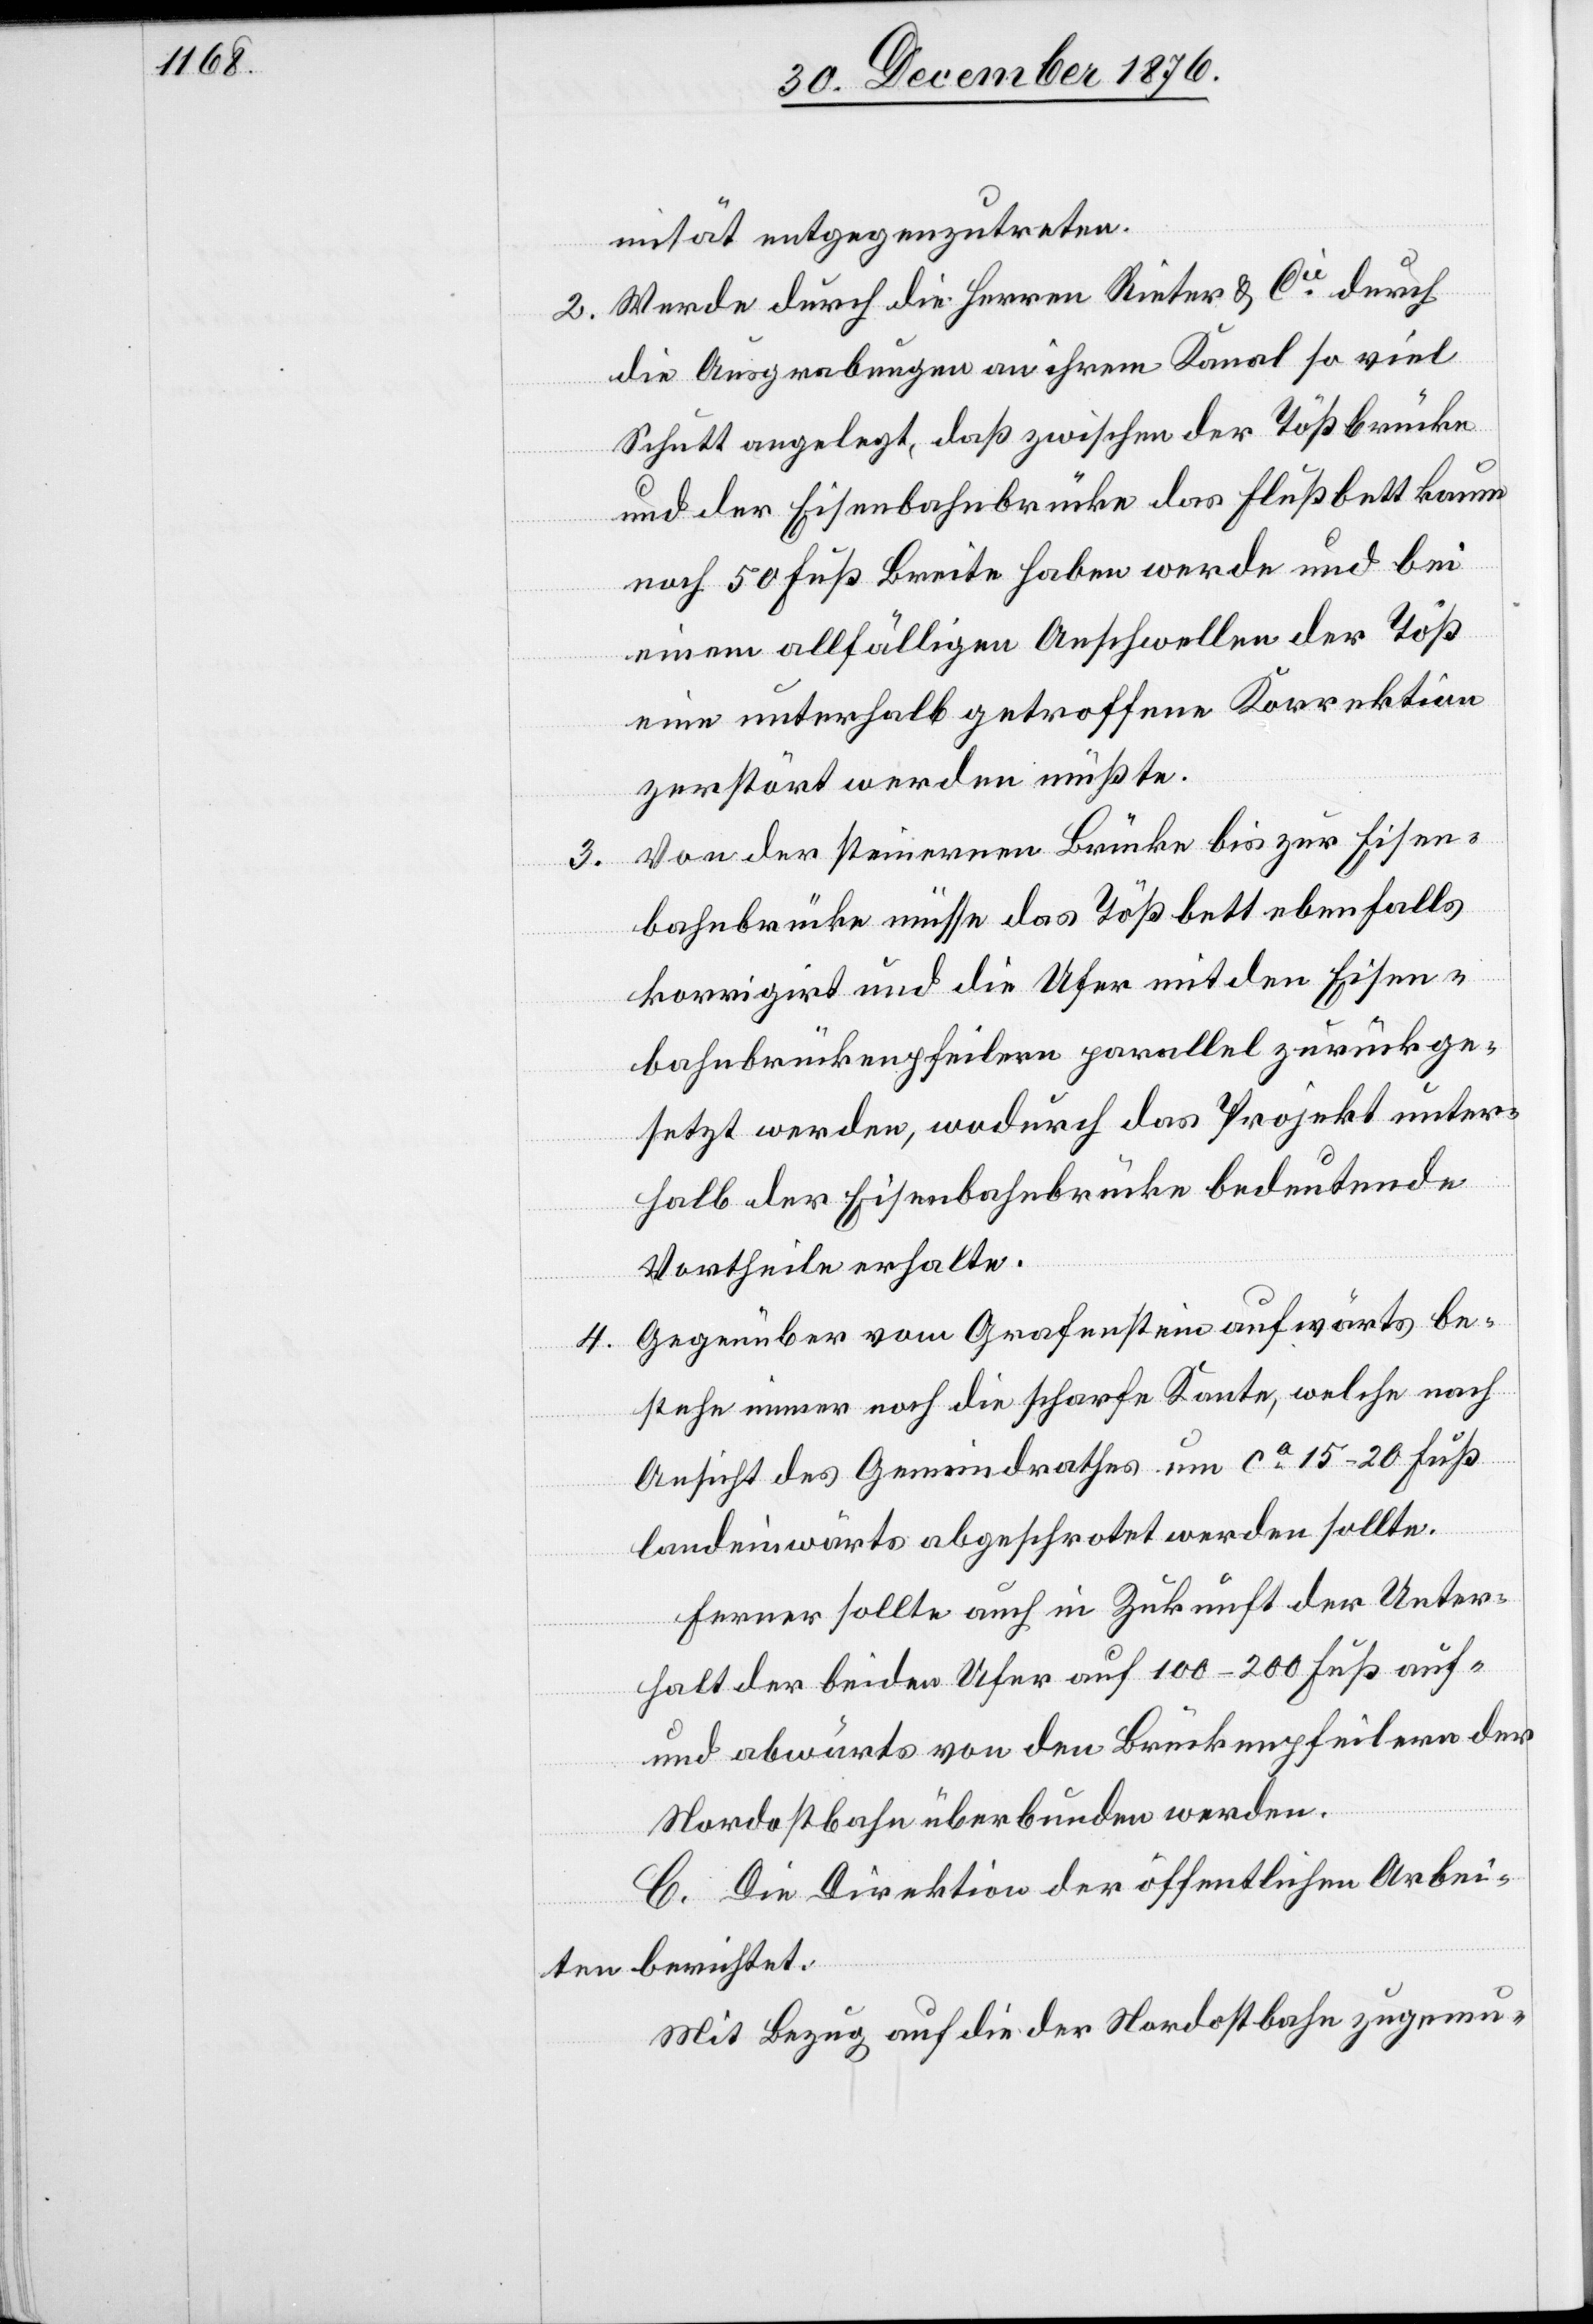
3.

mität entgegenzutreten.
2. Werde durch die Herren Rieter & Cie durch
die Ausgrabungen an ihrem Kanal so viel
Schutt angelegt. daß zwischen der Tößbrücke
und der Eisenbahnbrücke das Flußbett kaum
noch 50 Fuß Breite haben werde und bei
einem allfälligen Anschwellen der Töß
eine unterhalb getroffene Korrektion
zerstört werden müßte.
Von der steinernen Brücke bis zur Eisen¬
bahnbrücke müsse das Tößbett ebenfalls
korrigirt und die Ufer mit den Eisen¬
bahnbrückenpfeilern parallel zurückge¬
setzt werden, wodurch das Projekt unter¬
halb der Eisenbahnbrücke bedeutende
Vortheile erhalte.
Gegenüber vom Grafenstein aufwärts be¬
4.
stehe immer noch die scharfe Kante, welche nach
Ansicht des Gemeindrathes um ca 15–20 Fuß
landeinwärts abgeschrotet werden sollte.
Ferner solle auch in Zukunft der Unter¬
halt der beiden Ufer auf 100–200 Fuß auf-
und abwärts von den Brückenpfeilern der
Nordostbahn überbunden werden.
C. Die Direktion der öffentlichen Arbei¬
ten berichtet:
Mit Bezug auf die der Nordostbahn zugemu-